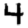
Digit: 4